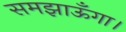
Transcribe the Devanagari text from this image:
समझाऊँगा।